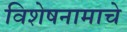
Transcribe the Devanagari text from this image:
विशेषनामाचे